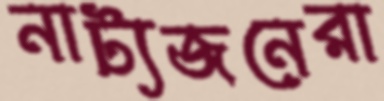
নাট্যজনেরা